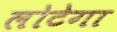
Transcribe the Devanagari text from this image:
लोटेगा